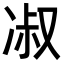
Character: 𭂑